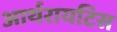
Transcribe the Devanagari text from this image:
आर्थरायटिस